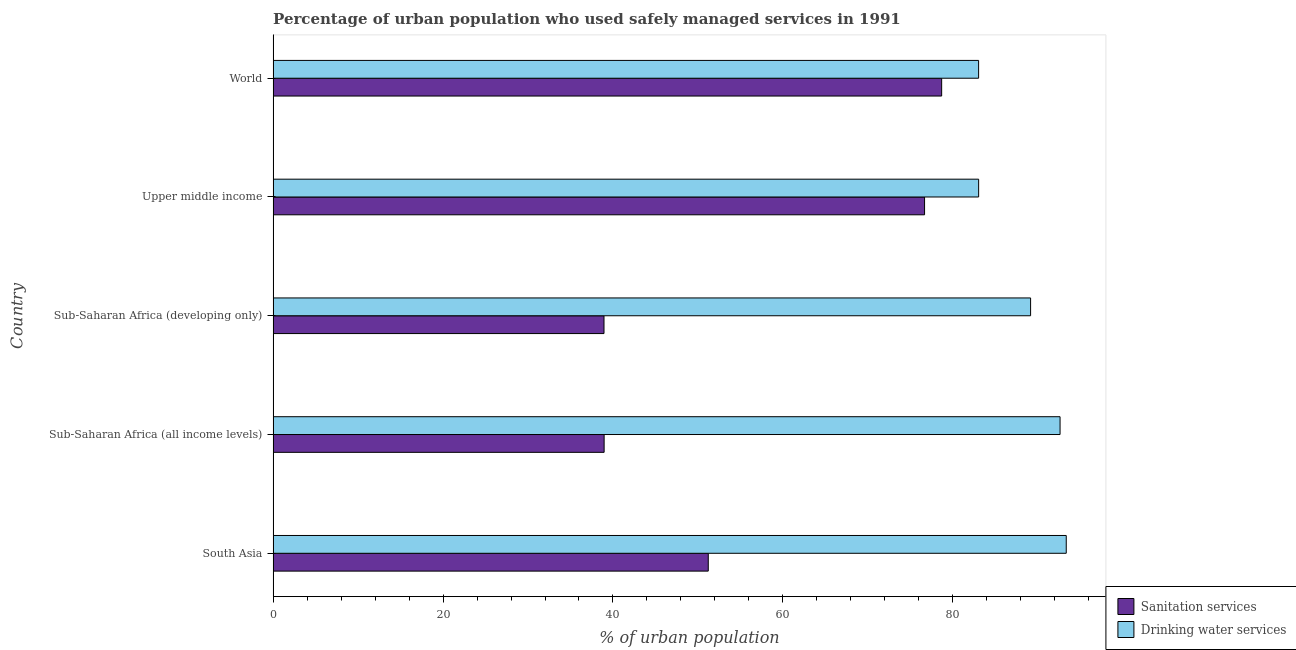
| Country | Sanitation services | Drinking water services |
 | --- | --- | --- |
 | South Asia | 51.2 | 93.3 |
 | Sub-Saharan Africa (all income levels) | 39 | 92.6 |
 | Sub-Saharan Africa (developing only) | 38.9 | 89.2 |
 | Upper middle income | 76.7 | 83 |
 | World | 78.7 | 83 |